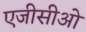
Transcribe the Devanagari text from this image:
एजीसीओ